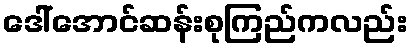
ဒေါ်အောင်ဆန်းစုကြည်ကလည်း